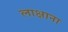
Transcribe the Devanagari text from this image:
लाक्षाना